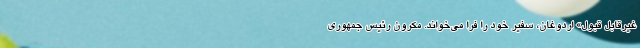
غیرقابل قبول» اردوغان، سفیر خود را فرا می‌خواند. مکرون رئیس جمهوری